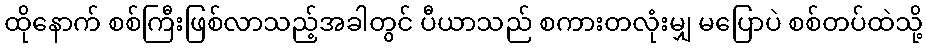
ထိုနောက် စစ်ကြီးဖြစ်လာသည့်အခါတွင် ပီယာသည် စကားတလုံးမျှ မပြောပဲ စစ်တပ်ထဲသို့